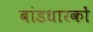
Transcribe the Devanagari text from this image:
बांडधारकों